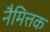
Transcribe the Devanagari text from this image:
नैमित्तक